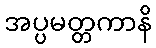
အပ္ပမတ္တကာနိ